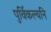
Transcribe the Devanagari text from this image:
पुर्विकल्यनि